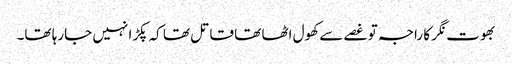
بھوت نگر کا راجہ تو غصے سے کھول اٹھا تھا قاتل تھا کہ پکڑا نہیں جارہا تھا۔